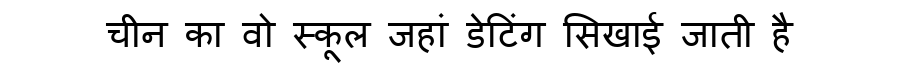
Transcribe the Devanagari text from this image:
चीन का वो स्कूल जहां डेटिंग सिखाई जाती है